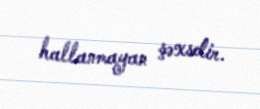
hallanmayan şəxsdir.